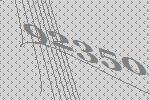
92350